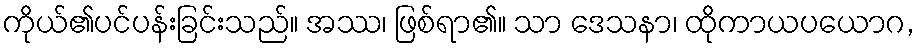
ကိုယ်၏ပင်ပန်းခြင်းသည်။ အဿ၊ ဖြစ်ရာ၏။ သာ ဒေသနာ၊ ထိုကာယပယောဂ,